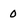
Character: 0